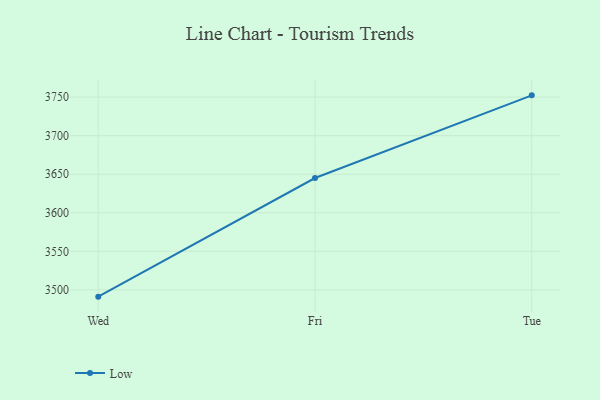
{"axis": {"x": "Day", "y": "Page Views"}, "legend": ["Low"], "data": [{"x": "Wed", "y": 3491.2, "type": "Low"}, {"x": "Fri", "y": 3645.1, "type": "Low"}, {"x": "Tue", "y": 3752.3, "type": "Low"}]}